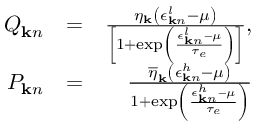
\begin{array} { r l r } { Q _ { { \bf k } n } } & { = } & { \frac { \eta _ { \bf k } \left( \epsilon _ { { \bf k } n } ^ { l } - \mu \right) } { \left[ 1 + \exp \left( \frac { \epsilon _ { { \bf k } n } ^ { l } - \mu } { \tau _ { e } } \right) \right] } , } \\ { P _ { { \bf k } n } } & { = } & { \frac { \overline { { \eta } } _ { \bf k } \left( \epsilon _ { { \bf k } n } ^ { h } - \mu \right) } { 1 + \exp \left( \frac { \epsilon _ { { \bf k } n } ^ { h } - \mu } { \tau _ { e } } \right) } } \end{array}